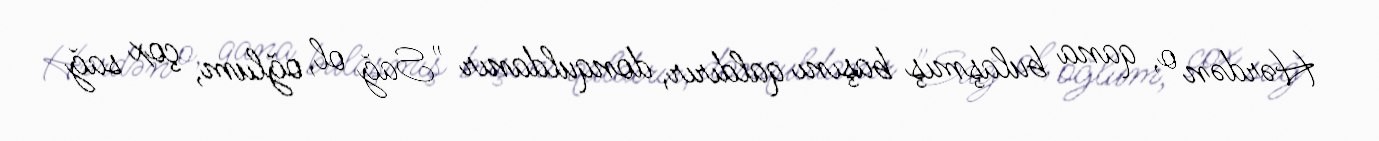
Hərdən o, qana bulaşmış başını qaldırır, donquldanır "Sağ ol, oğlum, çox sağ